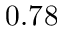
0 . 7 8